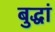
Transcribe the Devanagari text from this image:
बुद्धां